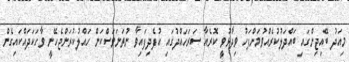
މިއަދު ބޭއިޖިންގައި ބައްދަލުކުރެއްވުމަށްފަހު ވިދާޅުވީ ކޮރެއާ ސަރަހައްދުގައި އުފެދިފައިވާ ނުތަނަވަސްކަން ހައްލުކުރަންޖެހޭނީ ވާހަކަދައްކައިގެން